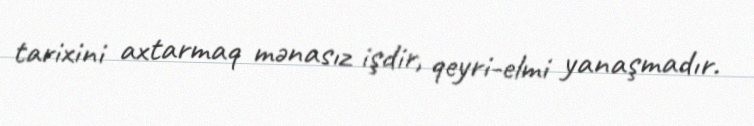
tarixini axtarmaq mənasız işdir, qeyri-elmi yanaşmadır.